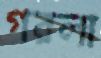
গরলা